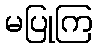
မပြုကြ